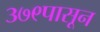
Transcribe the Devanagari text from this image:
३७९पासून